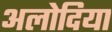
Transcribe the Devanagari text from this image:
अलोदिया